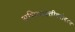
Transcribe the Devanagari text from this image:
अभिव्यक्तीबरोबरच